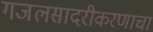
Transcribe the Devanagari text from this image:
गजलसादरीकरणाचा